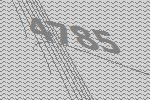
4785